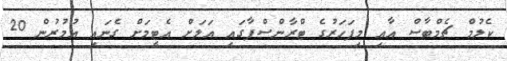
ކެލުމް ޗެމްބާސް އާއި މިފަހަރުގެ ޓްރާންސްފާގައި އަލަށް އެޓީމަށް ގެނައި އުމުރުން 20